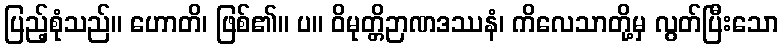
ပြည့်စုံသည်။ ဟောတိ၊ ဖြစ်၏။ ပ။ ဝိမုတ္တိဉာဏဒဿနံ၊ ကိလေသာတို့မှ လွတ်ပြီးသော